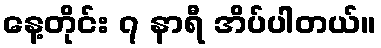
နေ့တိုင်း ၇ နာရီ အိပ်ပါတယ်။